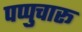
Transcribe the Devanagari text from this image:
पप्पुचारू